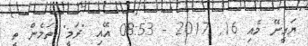
ޔަގީނޭ މެއި 16